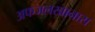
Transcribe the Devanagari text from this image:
अफजलखानास